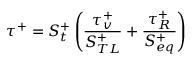
\tau ^ { + } = S _ { t } ^ { + } \left( \frac { \tau _ { v } ^ { + } } { S _ { T L } ^ { + } } + \frac { \tau _ { R } ^ { + } } { S _ { e q } ^ { + } } \right)